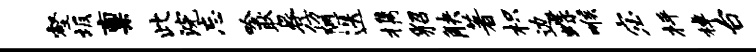
壑坂禀此浣忘吟耿晷仿陋迭携貂觖著枳边蝶喉宓枰棹台